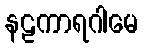
နဠကာရဂါမေ